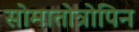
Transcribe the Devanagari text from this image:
सोमातोत्रोपिन